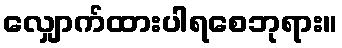
လျှောက်ထားပါရစေဘုရား။